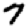
Digit: 7